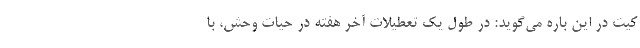
کیت در این باره می‌گوید: در طول یک تعطیلات آخر هفته در حیات وحش، با